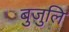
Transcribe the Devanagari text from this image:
बुजुलि